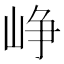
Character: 峥